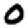
Digit: 0